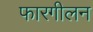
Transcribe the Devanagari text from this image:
फारगीलन